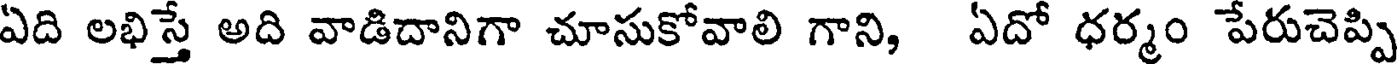
ఏది లభిస్తే అది వాడిదానిగా చూసుకోవాలి గాని, ఏదో ధర్మం పేరుచెప్పి